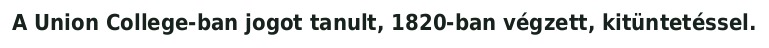
A Union College-ban jogot tanult, 1820-ban végzett, kitüntetéssel.